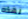
لهذه